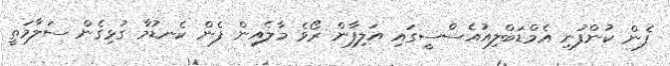
ފެން ކުންފުނި އެމްޑަބްލިއުއެސްސީގައި އަލިފާން ރޯވެ މާލެއިން ފެން ކެނޑުމާ ގުޅިގެން ސަލާމަތީ